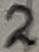
Text: 2